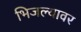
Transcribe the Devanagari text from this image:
भिजल्यावर